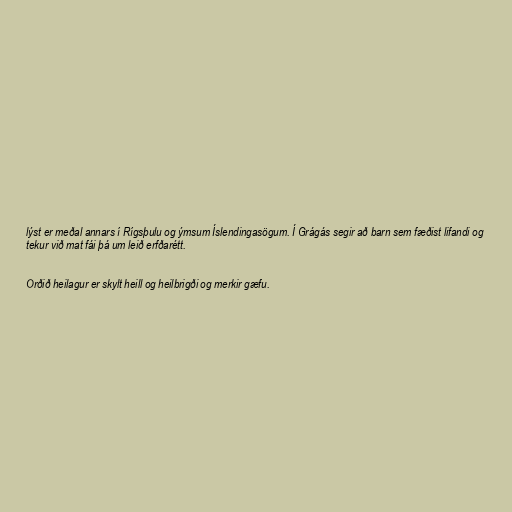
lýst er meðal annars í Rígsþulu og ýmsum Íslendingasögum. Í Grágás segir að barn sem fæðist lifandi og
tekur við mat fái þá um leið erfðarétt.

Orðið heilagur er skylt heill og heilbrigði og merkir gæfu.